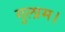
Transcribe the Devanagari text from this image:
गुलाम।